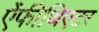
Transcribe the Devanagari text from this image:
ऐंफीथिएटर